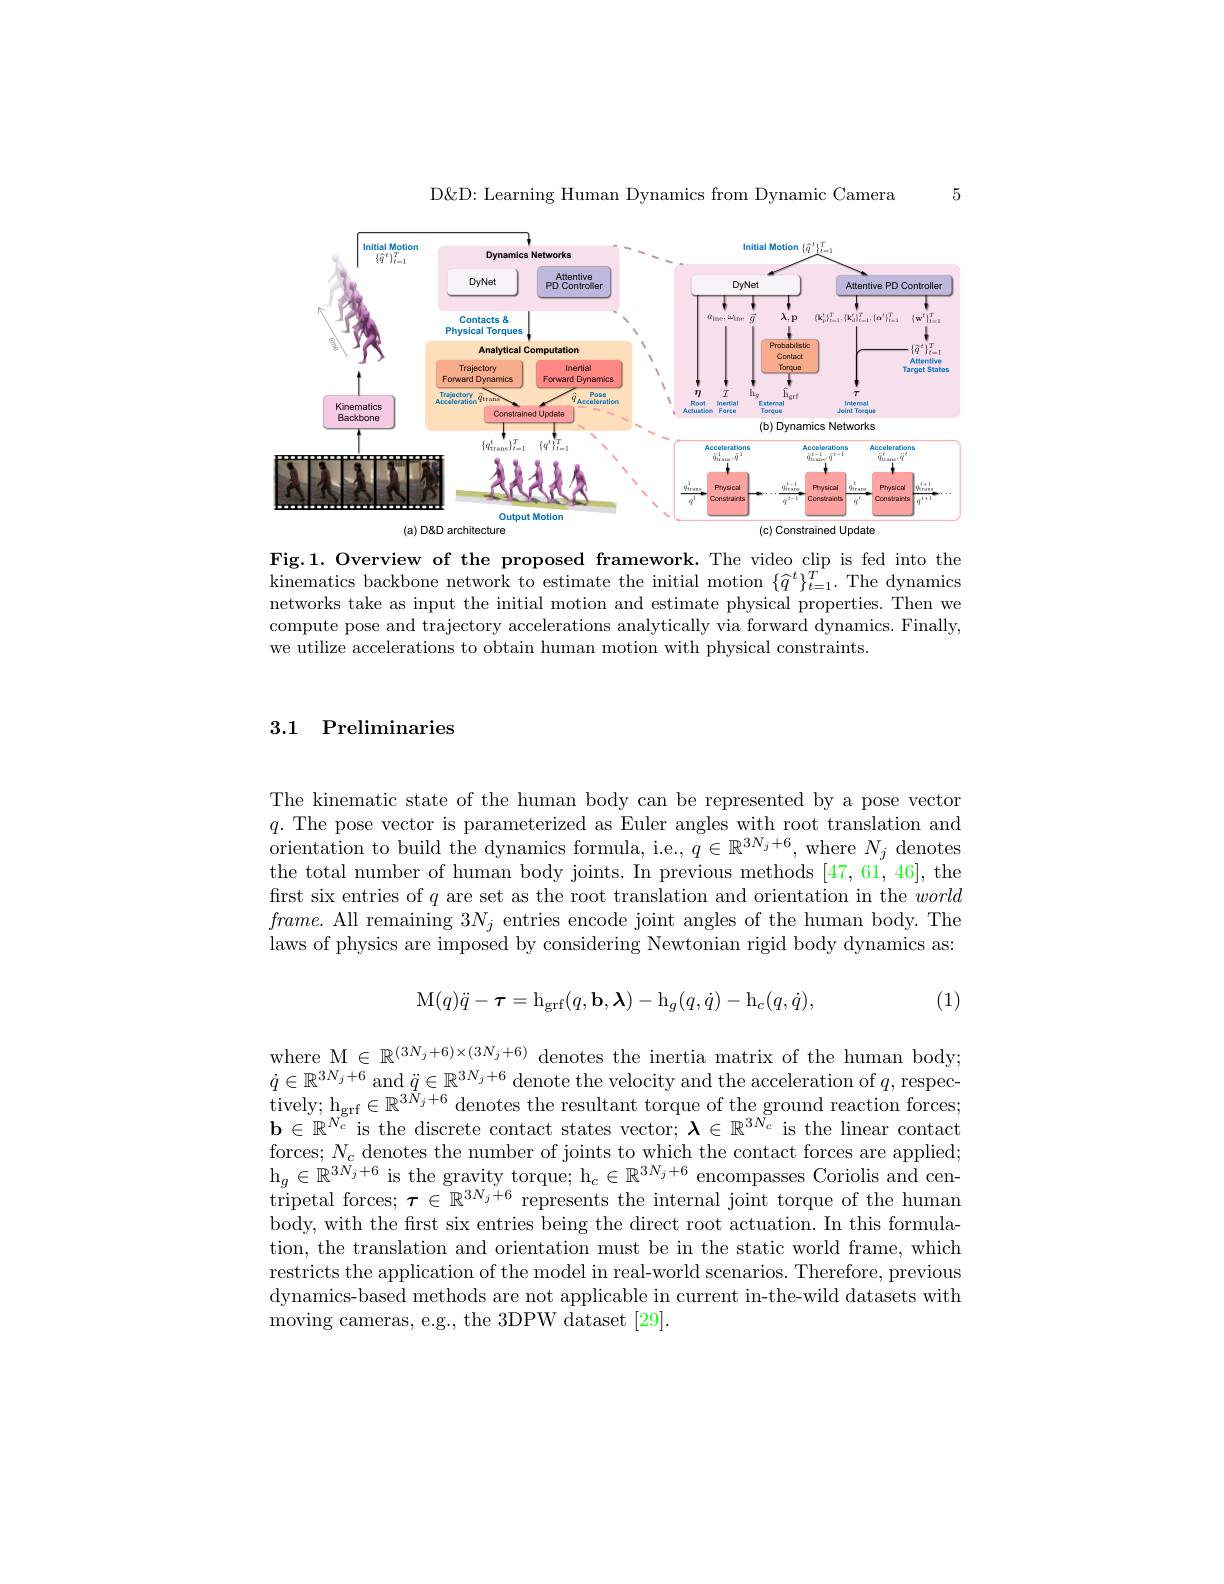
D&D&D: Learning Human Dynamics from Dynamic Camera

5

<FigureHere>

Fig.1. Overview of the proposed framework. The video clip is fed into the kinematics backbone network to estimate the initial motion $\{\widehat{q}^{t}\}_{t=1}^{T}.$ The dynamics networks take as input the initial motion and estimate physical properties. Then we compute pose and trajectory accelerations analytically via forward dynamics. Finally, we utilize accelerations to obtain human motion with physical constraints.

3.1 Preliminaries

The kinematic state of the human body can be represented by a pose vector $q.$ The pose vector is parameterized as Euler angles with root translation and orientation to build the dynamics formula, i.e., $q\in\mathbb{R}^{3N_j+6}$, where $N_j$ denotes the total number of human body joints. In previous methods [47,61,46], the first six entries of $q$ are set as the root translation and orientation in the world $frame.$ All remaining $3N_j$ entries encode joint angles of the human body.The laws of physics are imposed by considering Newtonian rigid body dynamics as:
$$\mathrm{M}(q)\ddot{q}-\tau=\mathrm{h}_\mathrm{grf}(q,\mathbf{b},\boldsymbol{\lambda})-\mathrm{h}_g(q,\dot{q})-\mathrm{h}_c(q,\dot{q}),$$
(1)

where M $\in\mathbb{R}^{(3N_j+6)\times(3N_j+6)}$ denotes the inertia matrix of the human body; $\dot{q}\in\mathbb{R}^{3N_j+6}$ and $\ddot{q}\in\mathbb{R}^{3N_j+6}$ denote the velocity and the acceleration of $q$, respec- $\begin{array}{l}{\mathrm{tively;~h_{grf}\in\mathbb{R}^{3\hat{N}_{j}+6}~denotes~the~resultant~torque~of~the~ground~reaction~forces;}}\\{\mathbf{b}\in\mathbb{R}^{N_{c}}~\mathrm{is~the~discrete~contact~states~vector;~}}&{\lambda\in\mathbb{R}^{3N_{c}}~\mathrm{is~the~linear~contact}}\end{array}$ forces; $N_{c}$ denotes the number of joints to which the contact forces are applied; $\begin{array}{l}{\mathrm{h}_g\in\mathbb{R}^{3N_j+6}\mathrm{~is~the~gravity~torque;~h}_c\in\mathbb{R}^{3N_j+6}\mathrm{~encompasses~Coriolis~and~cen-}}\\{\mathrm{tripetal~forces;~\tau\in~\mathbb{R}^{3N_j+6}~represents~the~internal~joint~torque~of~the~human}}\\\end{array}$ body, with the first six entries being the direct root actuation. In this formulation, the translation and orientation must be in the static world frame, which restricts the application of the model in real-world scenarios. Therefore, previous dynamics-based methods are not applicable in current in-the-wild datasets with moving cameras, e.g., the 3DPW dataset [29].